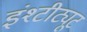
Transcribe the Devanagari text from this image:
इंश्टीट्यूट